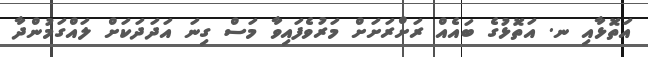
އަތޮޅާއި ނ. އަތޮޅުގެ ބައެއް ރަށްރަށަށް މަރުވެފައިވާ މަސް ގިނަ އަދަދަކަށް ލައްގަމުންދާ